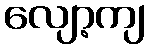
လျော့ကျ